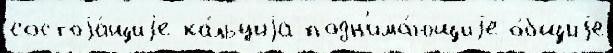
состоjа́щиjе ка́льциjа подн'има́ющиjе о́бщиjе